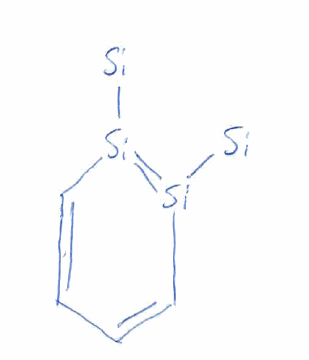
Simplified molecular-input line-entry system (SMILES) notation of the given molecule:
C1=C[Si](=[Si](C=C1)[Si])[Si]